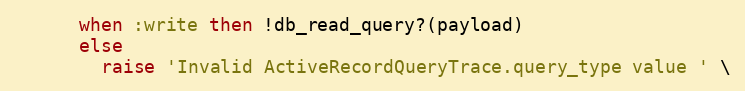
Language: Ruby
      when :write then !db_read_query?(payload)
      else
        raise 'Invalid ActiveRecordQueryTrace.query_type value ' \